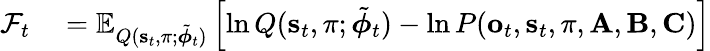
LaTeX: \begin{array}{rl}{\mathcal{F}_{t}}&{{}=\mathbb{E}_{Q(\mathbf{s}_{t},\pi;\tilde{\boldsymbol{\phi}}_{t})}\left[\ln Q(\mathbf{s}_{t},\pi;\tilde{\boldsymbol{\phi}}_{t})-\ln P(\mathbf{o}_{t},\mathbf{s}_{t},\pi,\mathbf{A},\mathbf{B},\mathbf{C})\right]}\end{array}